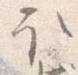
取